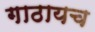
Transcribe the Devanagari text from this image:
गाठायच